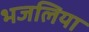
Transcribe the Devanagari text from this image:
भजलिया